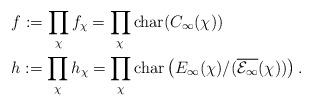
LaTeX: \begin{align*}&f := \displaystyle\prod_{\chi}f_\chi = \displaystyle\prod_{\chi}{\rm char}(C_\infty(\chi)) \\&h := \displaystyle\prod_{\chi}h_\chi = \displaystyle\prod_{\chi}{\rm char}\left(E_\infty(\chi)/(\overline{\mathcal{E}_\infty}(\chi))\right).\end{align*}